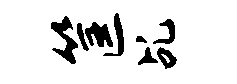
筐乩